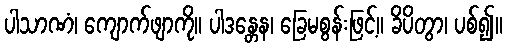
ပါသာဏံ၊ ကျောက်ဖျာကို။ ပါဒန္တေန၊ ခြေမစွန်းဖြင့်။ ခိပိတွာ၊ ပစ်၍။